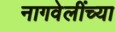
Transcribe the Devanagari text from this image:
नागवेलींच्या